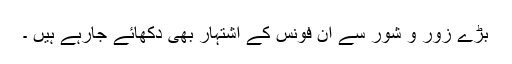
بڑے زور و شور سے ان فونس کے اشتہار بھی دکھائے جارہے ہیں ۔